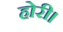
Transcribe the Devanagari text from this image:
होरी।